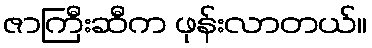
ဇာကြီးဆီက ဖုန်းလာတယ်။